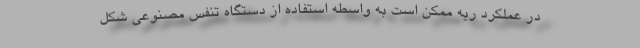
در عملکرد ریه ممکن است به واسطه استفاده از دستگاه تنفس مصنوعی شکل